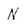
Character: N